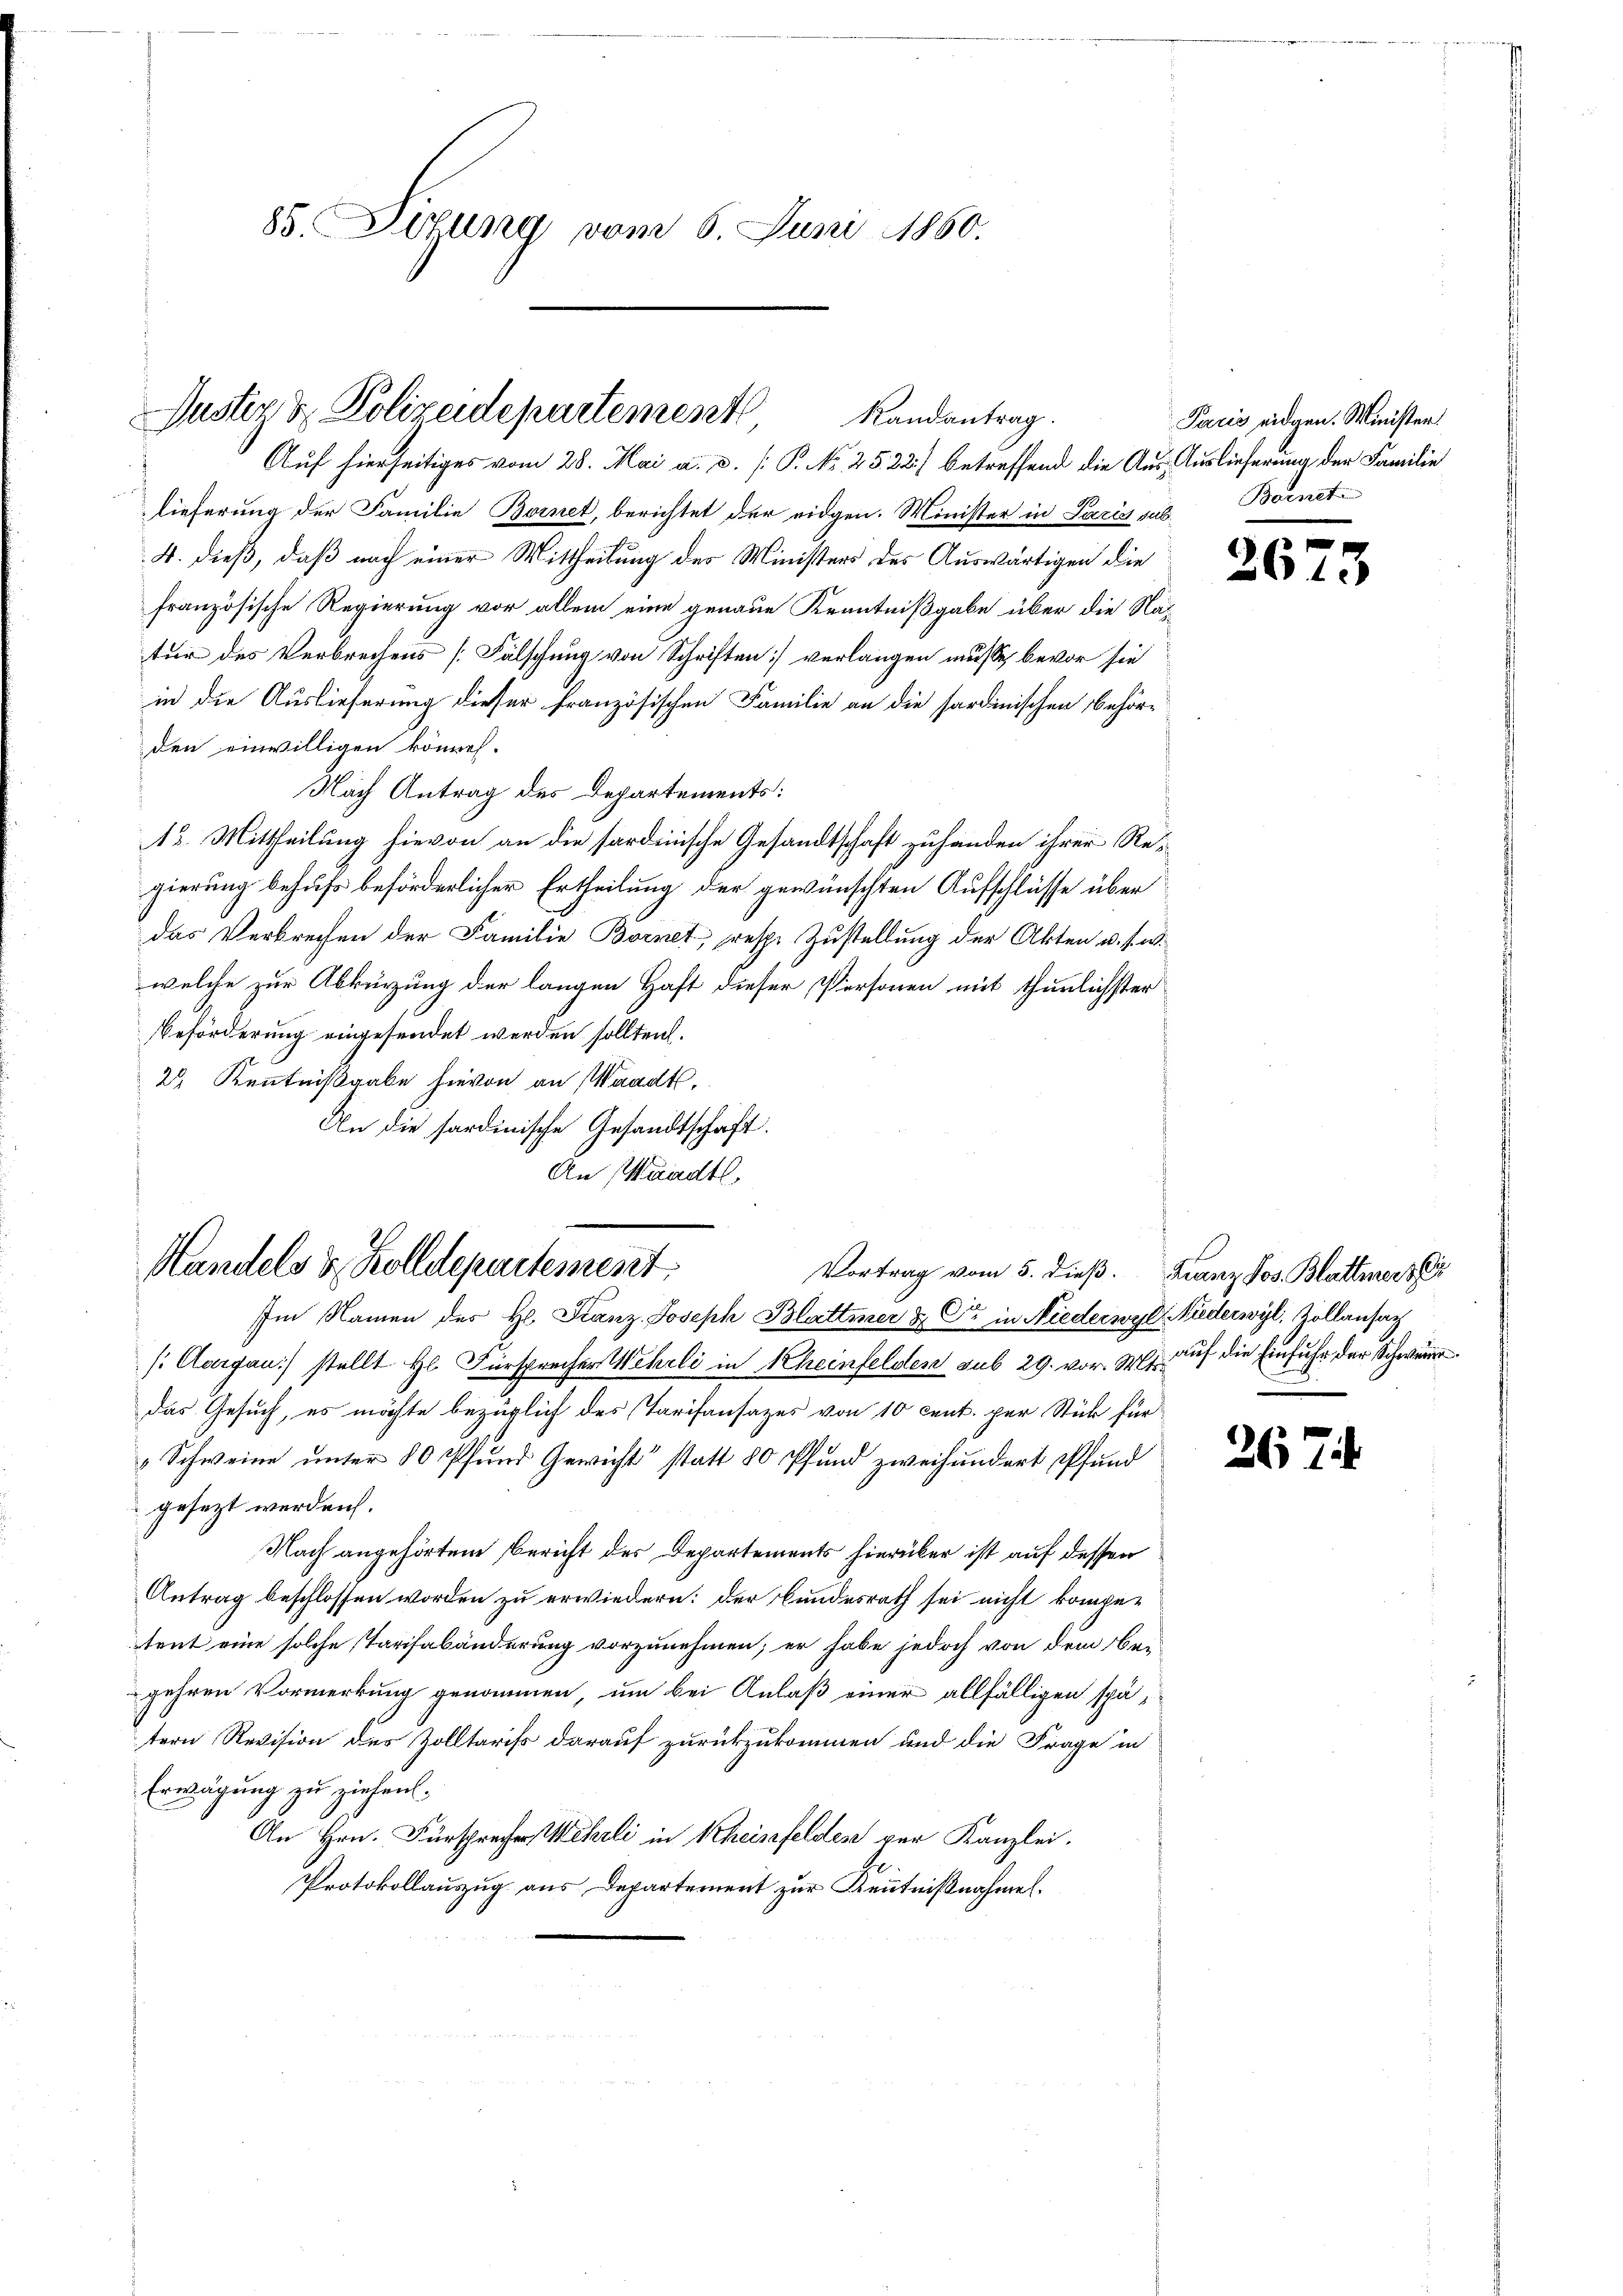
85. Sizung vom 6. Juni 1860.

Justiz & Polizeidepartement
Randantrag.

Auf hierseitiges vom 28. Mai a. a. (: P. Nr. 2522.) betreffend die Aus Auslieferung der Familie
lieferung der Familie Bornet, berichtet der eidgen. Minister in Paris sub
4. dieß, daß nach einer Mittheilung des Ministers des Auswärtigen die
französische Regierung vor allein eine genaue Kenntnißgabe über die Natur des Verbrechens [Fälschung von Schriften] verlangen müsse, bevor sie
in die Auslieferung dieser französischen Familie an die sardinischen Behörden einwilligen könne.
Nach Antrag des Departements:
13. Mittheilung hievon an die sardinische Gesandtschaft zuhanden ihrer Regierung behufs beförderlicher Ertheilung der gewünschten Aufschlüsse über
das Verbrechen der Familie Bornet; resp. Zustellung der Akten u. s. w.
welche zur Abkürzung der langen Haft dieser Personen mit thunlichster
Beförderung eingesendet werden sollten.
2 Kenntnißgabe hievon an Waadt,
An die sardinische Gesandtschaft.
An Waadt.

Handels & Zolldepartement.
Vortrag vom 5. dieß. Franz Jos. Blattmerz
Im Namen des H. Franz Joseph Blattmer & Cie in Niederwyl Niederwyl, Zollansach

/. Aargau) stellt Hr. Fürsprecher Wehrli in Rheinfelden sub 29. vor. 2 auf die Einfuhr der Schwerer
das Gesuch, es möchte bezüglich des Tarifansazes von 10 cent. per Stück für
„Schweine unter 80 Pfund Gewicht statt 80 Pfund zweihundert Pfund
gesezt werden.
Nach angehörtem Bericht des Departements hierüber ist auf dessen
Antrag beschlossen worden zu erwiedern: der Bundesrath sei nicht kompetent eine solche Tarifabänderung vorzunehmen; er habe jedoch von dem Begehren Vormerkung genommen, um bei Anlaß einer allfälligen spätern Revision des Zolltariss darauf zurückzukommen und die Frage in
Erwägung zu ziehen.
An Hrn. Fürsprecher Mehrli in Scheinfelden per Kanzlei.
Protokollauszug aus Departement zur Kenntnißnahmen.

Pacis eidgen. Minister
Bornet

2673

267